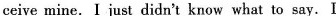
ceive mine. I just didn't know what to say.I